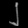
Digit: ၂